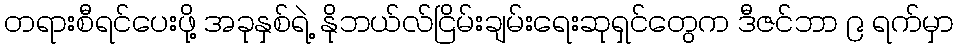
တရားစီရင်ပေးဖို့ အခုနှစ်ရဲ့ နိုဘယ်လ်ငြိမ်းချမ်းရေးဆုရှင်တွေက ဒီဇင်ဘာ ၉ ရက်မှာ